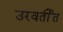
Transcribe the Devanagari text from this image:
उरवर्तीत